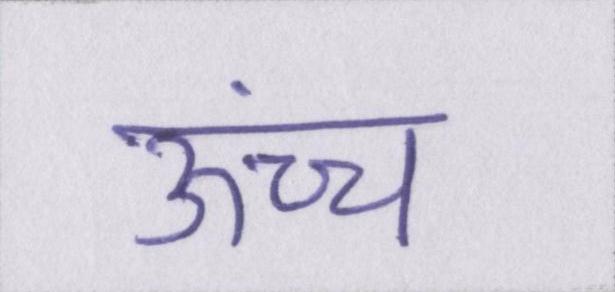
ऊंच्च